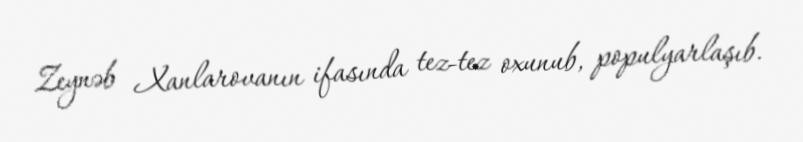
Zeynəb Xanlarovanın ifasında tez-tez oxunub, populyarlaşıb.